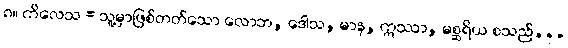
၈။ ကိလေသ = သူ့မှာဖြစ်တတ်သော လောဘ, ဒေါသ, မာန, ဣဿာ, မစ္ဆရိယ စသည်...